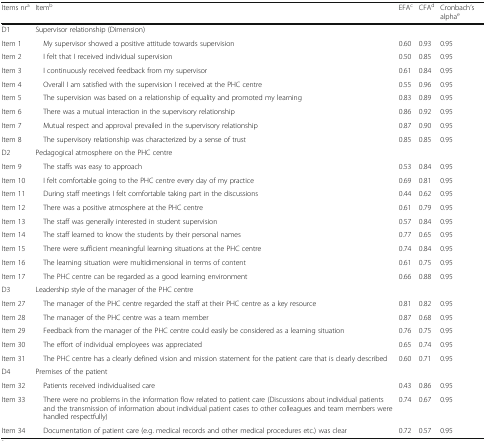
<table><thead><tr><td><b>Items nr<sup>a</sup></b></td><td><b>Item<sup>b</sup></b></td><td><b>EFA<sup>c</sup></b></td><td><b>CFA<sup>d</sup></b></td><td><b>Cronbach’s alpha<sup>e</sup></b></td></tr></thead><tbody><tr><td>D1</td><td colspan="4">Supervisor relationship (Dimension)</td></tr><tr><td>Item 1</td><td> My supervisor showed a positive attitude towards supervision</td><td>0.60</td><td>0.93</td><td>0.95</td></tr><tr><td>Item 2</td><td> I felt that I received individual supervision</td><td>0.50</td><td>0.85</td><td>0.95</td></tr><tr><td>Item 3</td><td> I continuously received feedback from my supervisor</td><td>0.61</td><td>0.84</td><td>0.95</td></tr><tr><td>Item 4</td><td> Overall I am satisfied with the supervision I received at the PHC centre</td><td>0.55</td><td>0.96</td><td>0.95</td></tr><tr><td>Item 5</td><td> The supervision was based on a relationship of equality and promoted my learning</td><td>0.83</td><td>0.89</td><td>0.95</td></tr><tr><td>Item 6</td><td> There was a mutual interaction in the supervisory relationship</td><td>0.86</td><td>0.92</td><td>0.95</td></tr><tr><td>Item 7</td><td> Mutual respect and approval prevailed in the supervisory relationship</td><td>0.87</td><td>0.90</td><td>0.95</td></tr><tr><td>Item 8</td><td> The supervisory relationship was characterized by a sense of trust</td><td>0.85</td><td>0.85</td><td>0.95</td></tr><tr><td>D2</td><td colspan="4">Pedagogical atmosphere on the PHC centre</td></tr><tr><td>Item 9</td><td> The staffs was easy to approach</td><td>0.53</td><td>0.84</td><td>0.95</td></tr><tr><td>Item 10</td><td> I felt comfortable going to the PHC centre every day of my practice</td><td>0.69</td><td>0.81</td><td>0.95</td></tr><tr><td>Item 11</td><td> During staff meetings I felt comfortable taking part in the discussions</td><td>0.44</td><td>0.62</td><td>0.95</td></tr><tr><td>Item 12</td><td> There was a positive atmosphere at the PHC centre</td><td>0.61</td><td>0.79</td><td>0.95</td></tr><tr><td>Item 13</td><td> The staff was generally interested in student supervision</td><td>0.57</td><td>0.84</td><td>0.95</td></tr><tr><td>Item 14</td><td> The staff learned to know the students by their personal names</td><td>0.77</td><td>0.65</td><td>0.95</td></tr><tr><td>Item 15</td><td> There were sufficient meaningful learning situations at the PHC centre</td><td>0.74</td><td>0.84</td><td>0.95</td></tr><tr><td>Item 16</td><td> The learning situation were multidimensional in terms of content</td><td>0.61</td><td>0.75</td><td>0.95</td></tr><tr><td>Item 17</td><td> The PHC centre can be regarded as a good learning environment</td><td>0.66</td><td>0.88</td><td>0.95</td></tr><tr><td>D3</td><td colspan="4">Leadership style of the manager of the PHC centre</td></tr><tr><td>Item 27</td><td> The manager of the PHC centre regarded the staff at their PHC centre as a key resource</td><td>0.81</td><td>0.82</td><td>0.95</td></tr><tr><td>Item 28</td><td> The manager of the PHC centre was a team member</td><td>0.87</td><td>0.68</td><td>0.95</td></tr><tr><td>Item 29</td><td> Feedback from the manager of the PHC centre could easily be considered as a learning situation</td><td>0.76</td><td>0.75</td><td>0.95</td></tr><tr><td>Item 30</td><td> The effort of individual employees was appreciated</td><td>0.65</td><td>0.74</td><td>0.95</td></tr><tr><td>Item 31</td><td> The PHC centre has a clearly defined vision and mission statement for the patient care that is clearly described</td><td>0.60</td><td>0.71</td><td>0.95</td></tr><tr><td>D4</td><td colspan="4">Premises of the patient</td></tr><tr><td>Item 32</td><td> Patients received individualised care</td><td>0.43</td><td>0.86</td><td>0.95</td></tr><tr><td>Item 33</td><td> There were no problems in the information flow related to patient care (Discussions about individual patients and the transmission of information about individual patient cases to other colleagues and team members were handled respectfully)</td><td>0.74</td><td>0.67</td><td>0.95</td></tr><tr><td>Item 34</td><td> Documentation of patient care (e.g. medical records and other medical procedures etc.) was clear</td><td>0.72</td><td>0.57</td><td>0.95</td></tr></tbody></table>